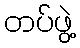
တပ်ဖွဲ့